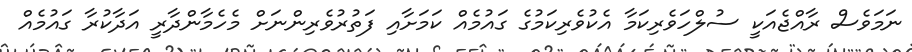
ނަމަވެސް ރާއްޖެއަކީ ސުލްހަވެރިކަމާ އެކުވެރިކަމުގެ ގައުމެއް ކަމަށާއި ފަތުރުވެރިންނަށް މެހެމާންދާރީ އަދާކުރާ ގައުމެއް